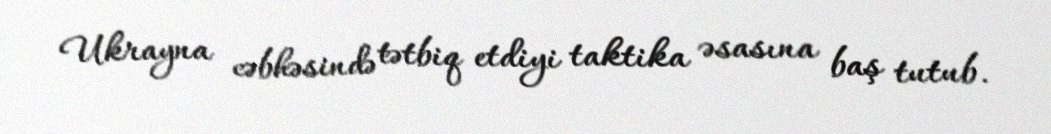
Ukrayna cəbhəsində tətbiq etdiyi taktika əsasına baş tutub.